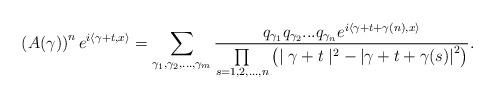
LaTeX: \begin{align*}\left( A(\gamma)\right) ^{n}e^{i\left\langle \gamma+t,x\right\rangle }=\sum_{\gamma_{1},\gamma_{2},...,\gamma_{m}}\frac{q_{\gamma_{1}}q_{\gamma_{2}}...q_{\gamma_{n}}e^{i\left\langle \gamma+t+\gamma(n),x\right\rangle }}{{\textstyle\prod\limits_{s=1,2,...,n}}\left( \mid\gamma+t\mid^{2}-\left\vert \gamma+t+\gamma(s)\right\vert^{2}\right) }.\end{align*}